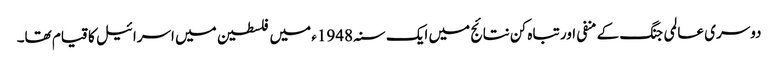
دوسری عالمی جنگ کے منفی اور تباہ کن نتائج میں ایک سنہ 1948ء میں فلسطین میں اسرائیل کا قیام تھا۔